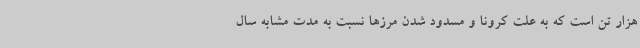
هزار تن است که به علت کرونا و مسدود شدن مرزها نسبت به مدت مشابه سال